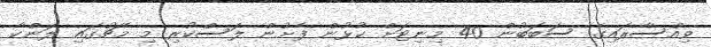
ވިއްސާރައިގެ ސަބަބުން 40 މިނިޓަށް ކުޅުން ފެށުން ލަސްކުރި މި މެޗުގައި ލަންކާ